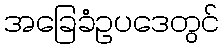
အခြေခံဥပဒေတွင်